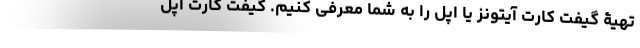
تهیۀ‌ گیفت کارت آیتونز یا اپل را به شما معرفی کنیم. گیفت کارت اپل